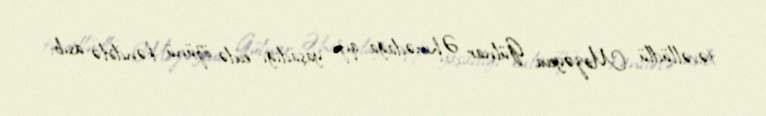
təvəllüdlü Mirzəyeva Gülnar Əhmədağa qızı yaşadığı evdə özünü kəndirlə asıb.